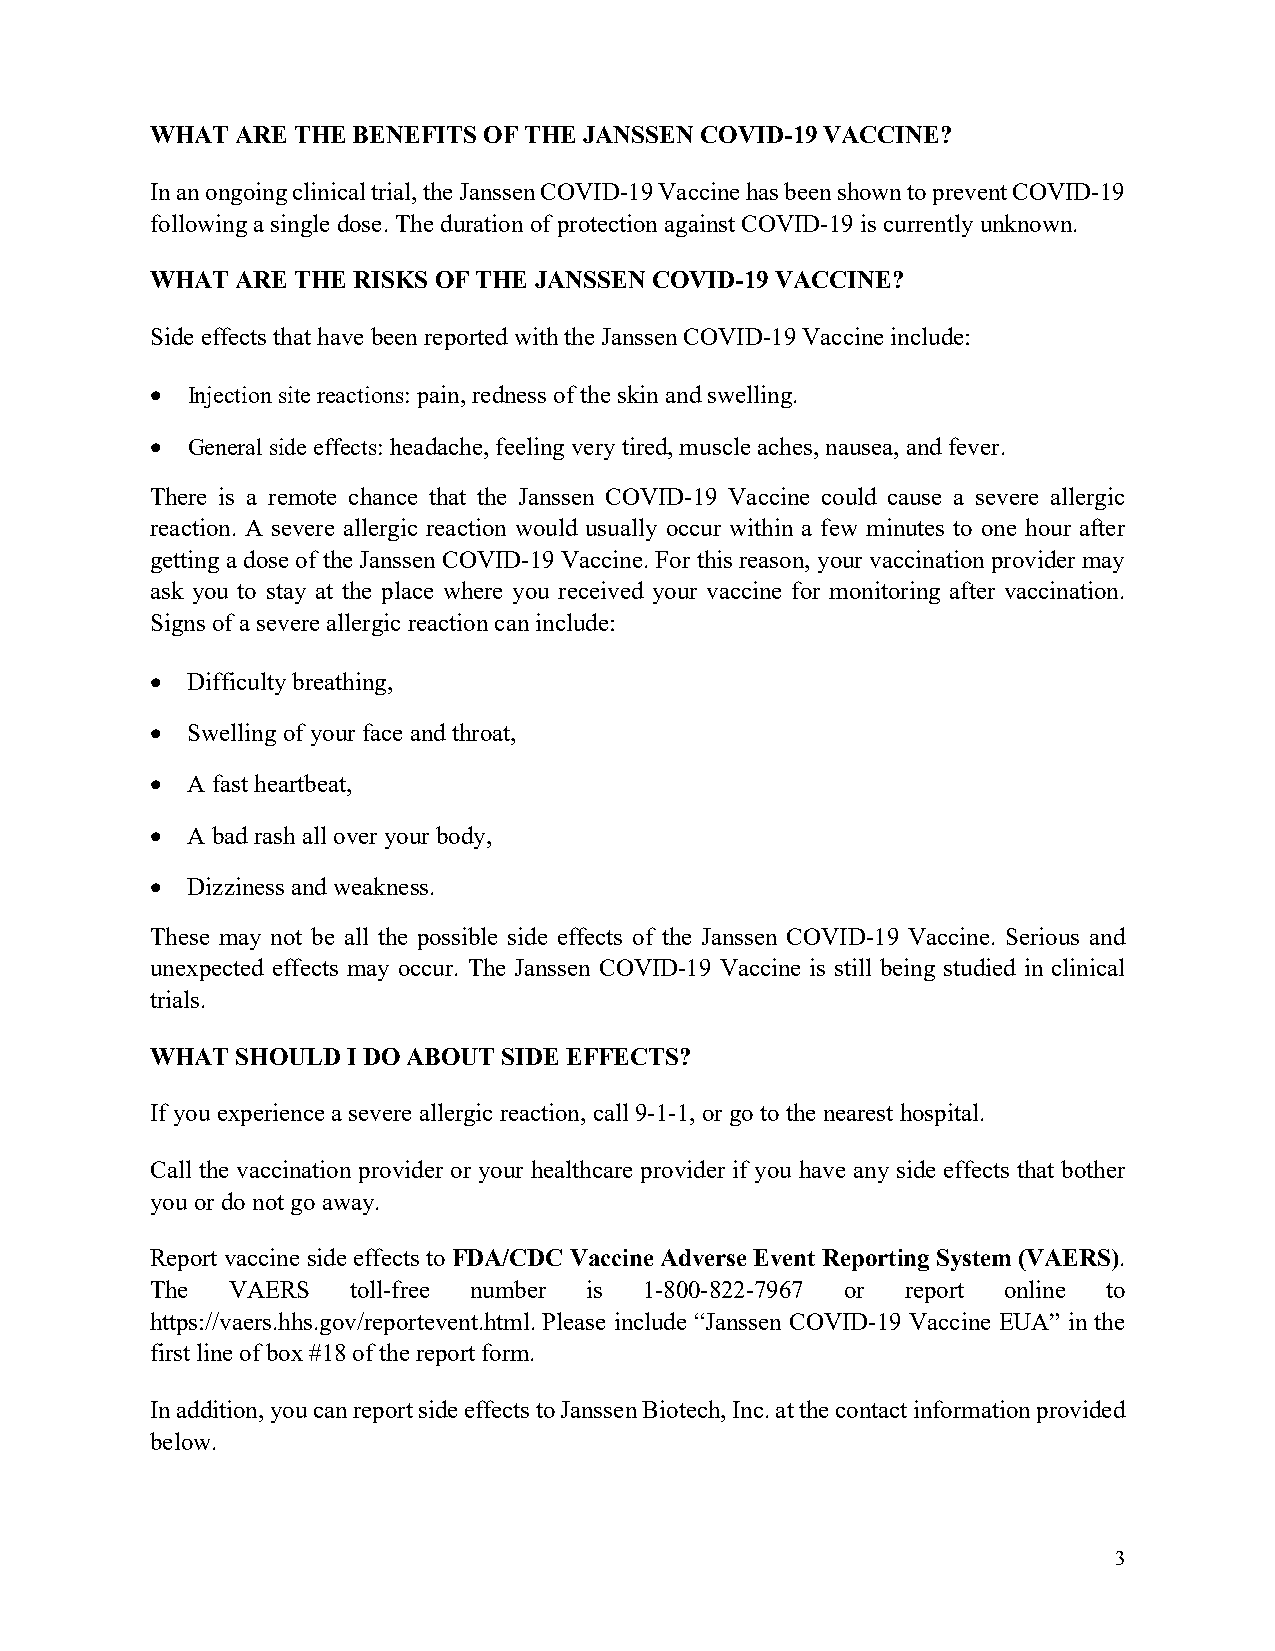
WHAT  ARE THE BENEFITS OF THE JANSSEN COVID-19 VACCINE?
 In an ongoing clinical trial, the Janssen COVID-19 Vaccine has been shown to prevent COVID-19
 following a single dose. The duration of protection against COVID-19 is currently unknown.
 WHAT  ARE THE RISKS OF THE JANSSEN COVID-19 VACCINE?
 Side effects that have been reported with the Janssen COVID-19 Vaccine include:
 • Injection site reactions: pain, redness of the skin and swelling.
 • General side effects: headache, feeling very tired, muscle aches, nausea, and fever.
 There is a remote chance that the Janssen COVID-19 Vaccine could cause a severe allergic
 reaction. A severe allergic reaction would usually occur within a few minutes to one hour after
 getting a dose of the Janssen COVID-19 Vaccine. For this reason, your vaccination provider may
 ask you to stay at the place where you received your vaccine for monitoring after vaccination.
 Signs of a severe allergic reaction can include:
 • Difficulty breathing,
 • Swelling of your face and throat,
 • A fast heartbeat,
 • A bad rash all over your body,
 • Dizziness and weakness.
 These may not be all the possible side effects of the Janssen COVID-19 Vaccine. Serious and
 unexpected effects may occur. The Janssen COVID-19 Vaccine is still being studied in clinical
 trials.
 WHAT  SHOULD I DO ABOUT SIDE EFFECTS?
 If you experience a severe allergic reaction, call 9-1-1, or go to the nearest hospital.
 Call the vaccination provider or your healthcare provider if you have any side effects that bother
 you or do not go away.
 Report vaccine side effects to FDA/CDC Vaccine Adverse Event Reporting System (VAERS).
 The  VAERS   toll-free number is 1-800-822-7967 or report online to
 https://vaers.hhs.gov/reportevent.html. Please include “Janssen COVID-19 Vaccine EUA” in the
 first line of box #18 of the report form.
 In addition, you can report side effects to Janssen Biotech, Inc. at the contact information provided
 below.
 3